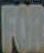
FOR